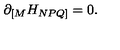
\partial _ { [ M } H _ { N P Q ] } = 0 .